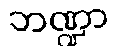
ဘဏ္ဍာ